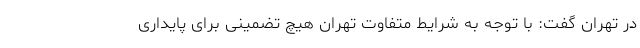
در تهران گفت: با توجه به شرایط متفاوت تهران هیچ تضمینی برای پایداری